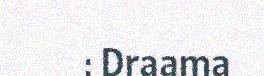
: Draama